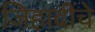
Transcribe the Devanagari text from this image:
जिहादींचे